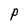
Character: p